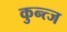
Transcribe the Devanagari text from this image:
कुन्त्ज